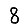
Digit: 8